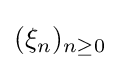
(\xi _{n})_{n\geq 0}